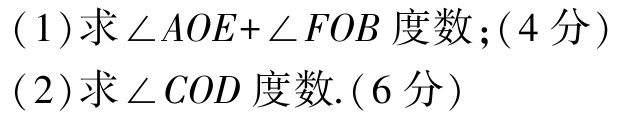
(1)求\(\angle AOE + \angle FOB\)度数；(4分)

(2)求\(\angle COD\)度数.(6分)